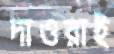
দাওরাই